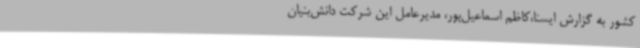
کشور به گزارش ایسنا،کاظم اسماعیل‌پور، مدیرعامل این شرکت دانش‌بنیان